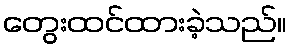
တွေးထင်ထားခဲ့သည်။